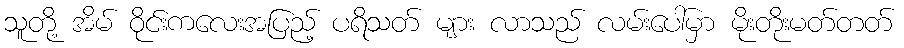
သူတို့ အိမ် ဝိုင်းကလေးအပြည့် ပရိသတ် များ လာသည် လမ်းပေါ်မှာ မိုးတိုးမတ်တတ်